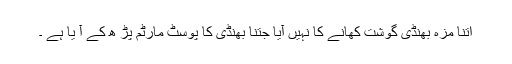
اتنا مزہ بھنڈی گوشت کھانے کا نہیں آیا جتنا بھنڈی کا پوسٹ مارٹم پڑ ھ کے آ یا ہے ۔